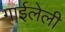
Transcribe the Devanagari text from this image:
गाईलेली